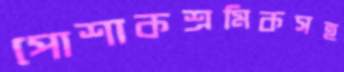
পোশাকশ্রমিকসহ